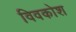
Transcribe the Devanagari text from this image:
विवकोश